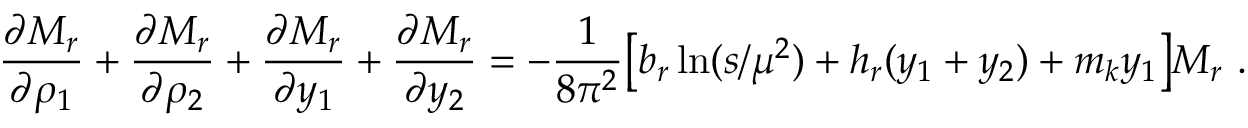
\frac { \partial M _ { r } } { \partial \rho _ { 1 } } + \frac { \partial M _ { r } } { \partial \rho _ { 2 } } + \frac { \partial M _ { r } } { \partial y _ { 1 } } + \frac { \partial M _ { r } } { \partial y _ { 2 } } = - \frac { 1 } { 8 \pi ^ { 2 } } \big [ b _ { r } \ln ( s / \mu ^ { 2 } ) + h _ { r } ( y _ { 1 } + y _ { 2 } ) + m _ { k } y _ { 1 } \big ] M _ { r } ~ .